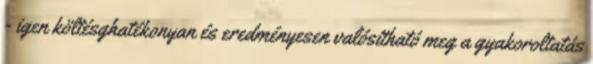
- igen költésghatékonyan és eredményesen valósítható meg a gyakoroltatás